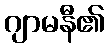
ဂျာမနီ၏